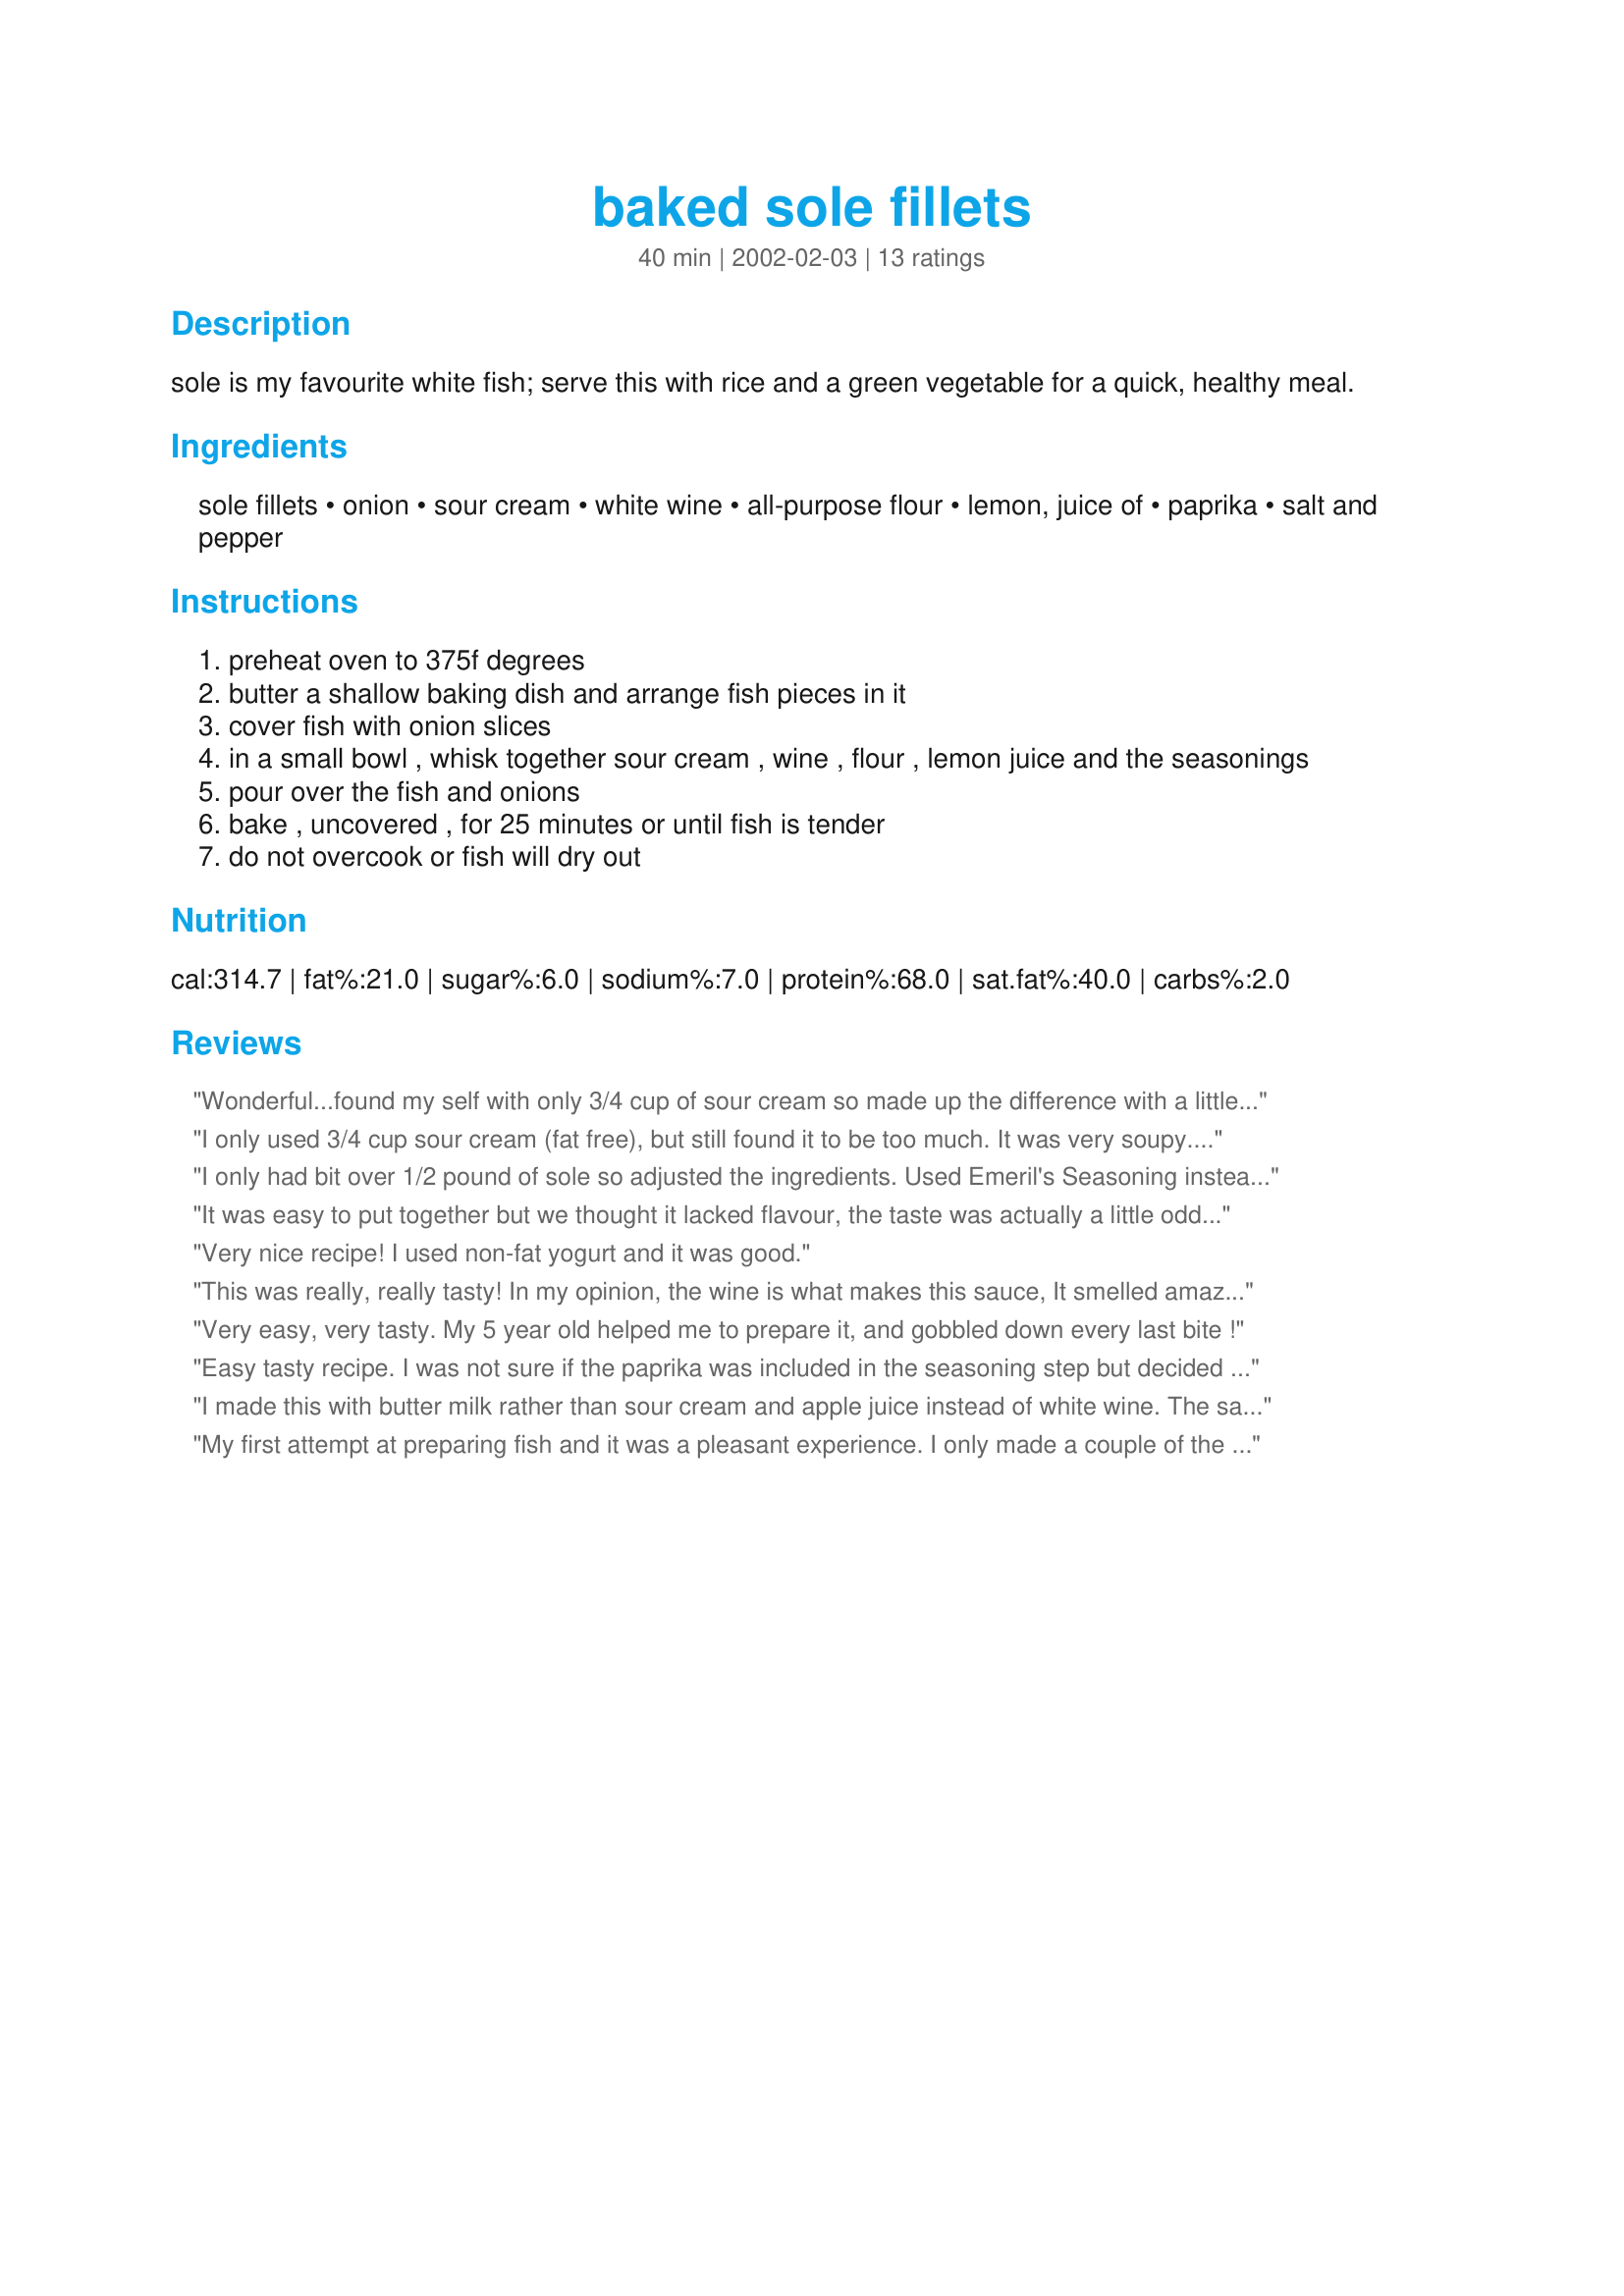
baked sole fillets
Preparation time: 40 minutes

sole is my favourite white fish; serve this with rice and a green vegetable for a quick, healthy meal.

Ingredients:
sole fillets, onion, sour cream, white wine, all-purpose flour, lemon, juice of, paprika, salt and pepper

Steps:
preheat oven to 375f degrees
butter a shallow baking dish and arrange fish pieces in it
cover fish with onion slices
in a small bowl , whisk together sour cream , wine , flour , lemon juice and the seasonings
pour over the fish and onions
bake , uncovered , for 25 minutes or until fish is tender
do not overcook or fish will dry out

Reviews:
Wonderful...found my self with only 3/4 cup of sour cream so made up the difference with a little more wine. Forgot to add the paprika till after I had poured the sauce on my fish...sprinkled it on top. Thought the onions would be too much...but I followed your recipe there. I will repeat... wonderful
I only used 3/4 cup sour cream (fat free), but still found it to be too much. It was very soupy. Next time, I think I'll only use 1/2 cup, and also maybe cut back a little on the lemon juice (I used 1 1/2 tablespoons - maybe 1 tablespoon next time). I also sprinkled the fish with a little extra paprika before cooking.
I only had bit over 1/2 pound of sole so adjusted the ingredients. Used Emeril's Seasoning instead of paprika. Also only had lime juice so substituted it. We just finished it and both loved it. The topping keeps the thin sole from drying out in the oven. Was very easy to prepare.
It was easy to put together but we thought it lacked flavour, the taste was actually a little odd to us all! We did eat it anyway.
Very nice recipe! I used non-fat yogurt and it was good.
This was really, really tasty! In my opinion, the wine is what makes this sauce, It smelled amazing while cooking and tasted even better.
Excellent recipe Lennie!
Very easy, very tasty.
My 5 year old helped me to prepare it, and gobbled down every last bite !
 Easy tasty recipe. I was not sure if the paprika was included in the seasoning step but decided that it would look good sprinkled on top. I cut the recipe to 2 servings with no problems. Thanks Lennie for the Sole of my dinner
I made this with butter milk rather than sour cream and apple juice instead of white wine. The sauce turned out too thin. I really did like the taste so next time I will use the sour cream and add a little lemon pepper.
My first attempt at preparing fish and it was a pleasant experience. I only made a couple of the slightest variations. A little extra wine in the sauce (oops my hand slipped). Also after baking I added another sprinkle of paprika and a touch of fresh parsley for color. Served as you suggested with white rice and garlic green beans. I am not a big fish person, and I thought it was quite tasty. My BF loves fish and he raved about it! Thanks Lennie!
This was a terrible recipe. The sour cream overpowered everything!! I had to add several other ingredients trying to cover the sour cream and onions! Awful!!!
Fabulous recipe! Even my "eeewwwww ... fish?" kids loved it!
It could be that I was using a new fish that I've never used before ~ turbot... But, although I followed the recipe, and it smelled good while cooking, I ended up with totally liquidy smooshy fish. We mixed it together with the rice and vegetables sidedishes to make it more appealing. I won't be making this again.
